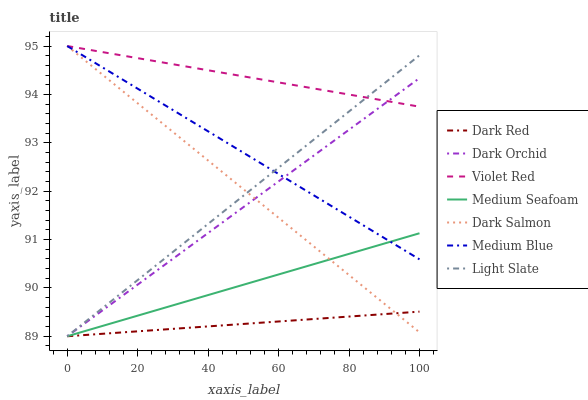
| xaxis_label | Dark Red | Dark Orchid | Violet Red | Medium Seafoam | Dark Salmon | Medium Blue | Light Slate |
 | --- | --- | --- | --- | --- | --- | --- | --- |
 | 0 | 89 | 89 | 95 | 89 | 95 | 95 | 89 |
 | 14.3 | 89.1 | 89.8 | 94.8 | 89.3 | 94.2 | 94.4 | 89.8 |
 | 28.6 | 89.1 | 90.5 | 94.6 | 89.6 | 93.3 | 93.7 | 90.7 |
 | 42.9 | 89.2 | 91.3 | 94.5 | 89.9 | 92.5 | 93.1 | 91.5 |
 | 57.1 | 89.3 | 92 | 94.3 | 90.2 | 91.6 | 92.5 | 92.3 |
 | 71.4 | 89.4 | 92.8 | 94.1 | 90.5 | 90.8 | 91.8 | 93.1 |
 | 85.7 | 89.4 | 93.6 | 93.9 | 90.8 | 89.9 | 91.2 | 94 |
 | 100 | 89.5 | 94.3 | 93.7 | 91.1 | 89.1 | 90.6 | 94.8 |